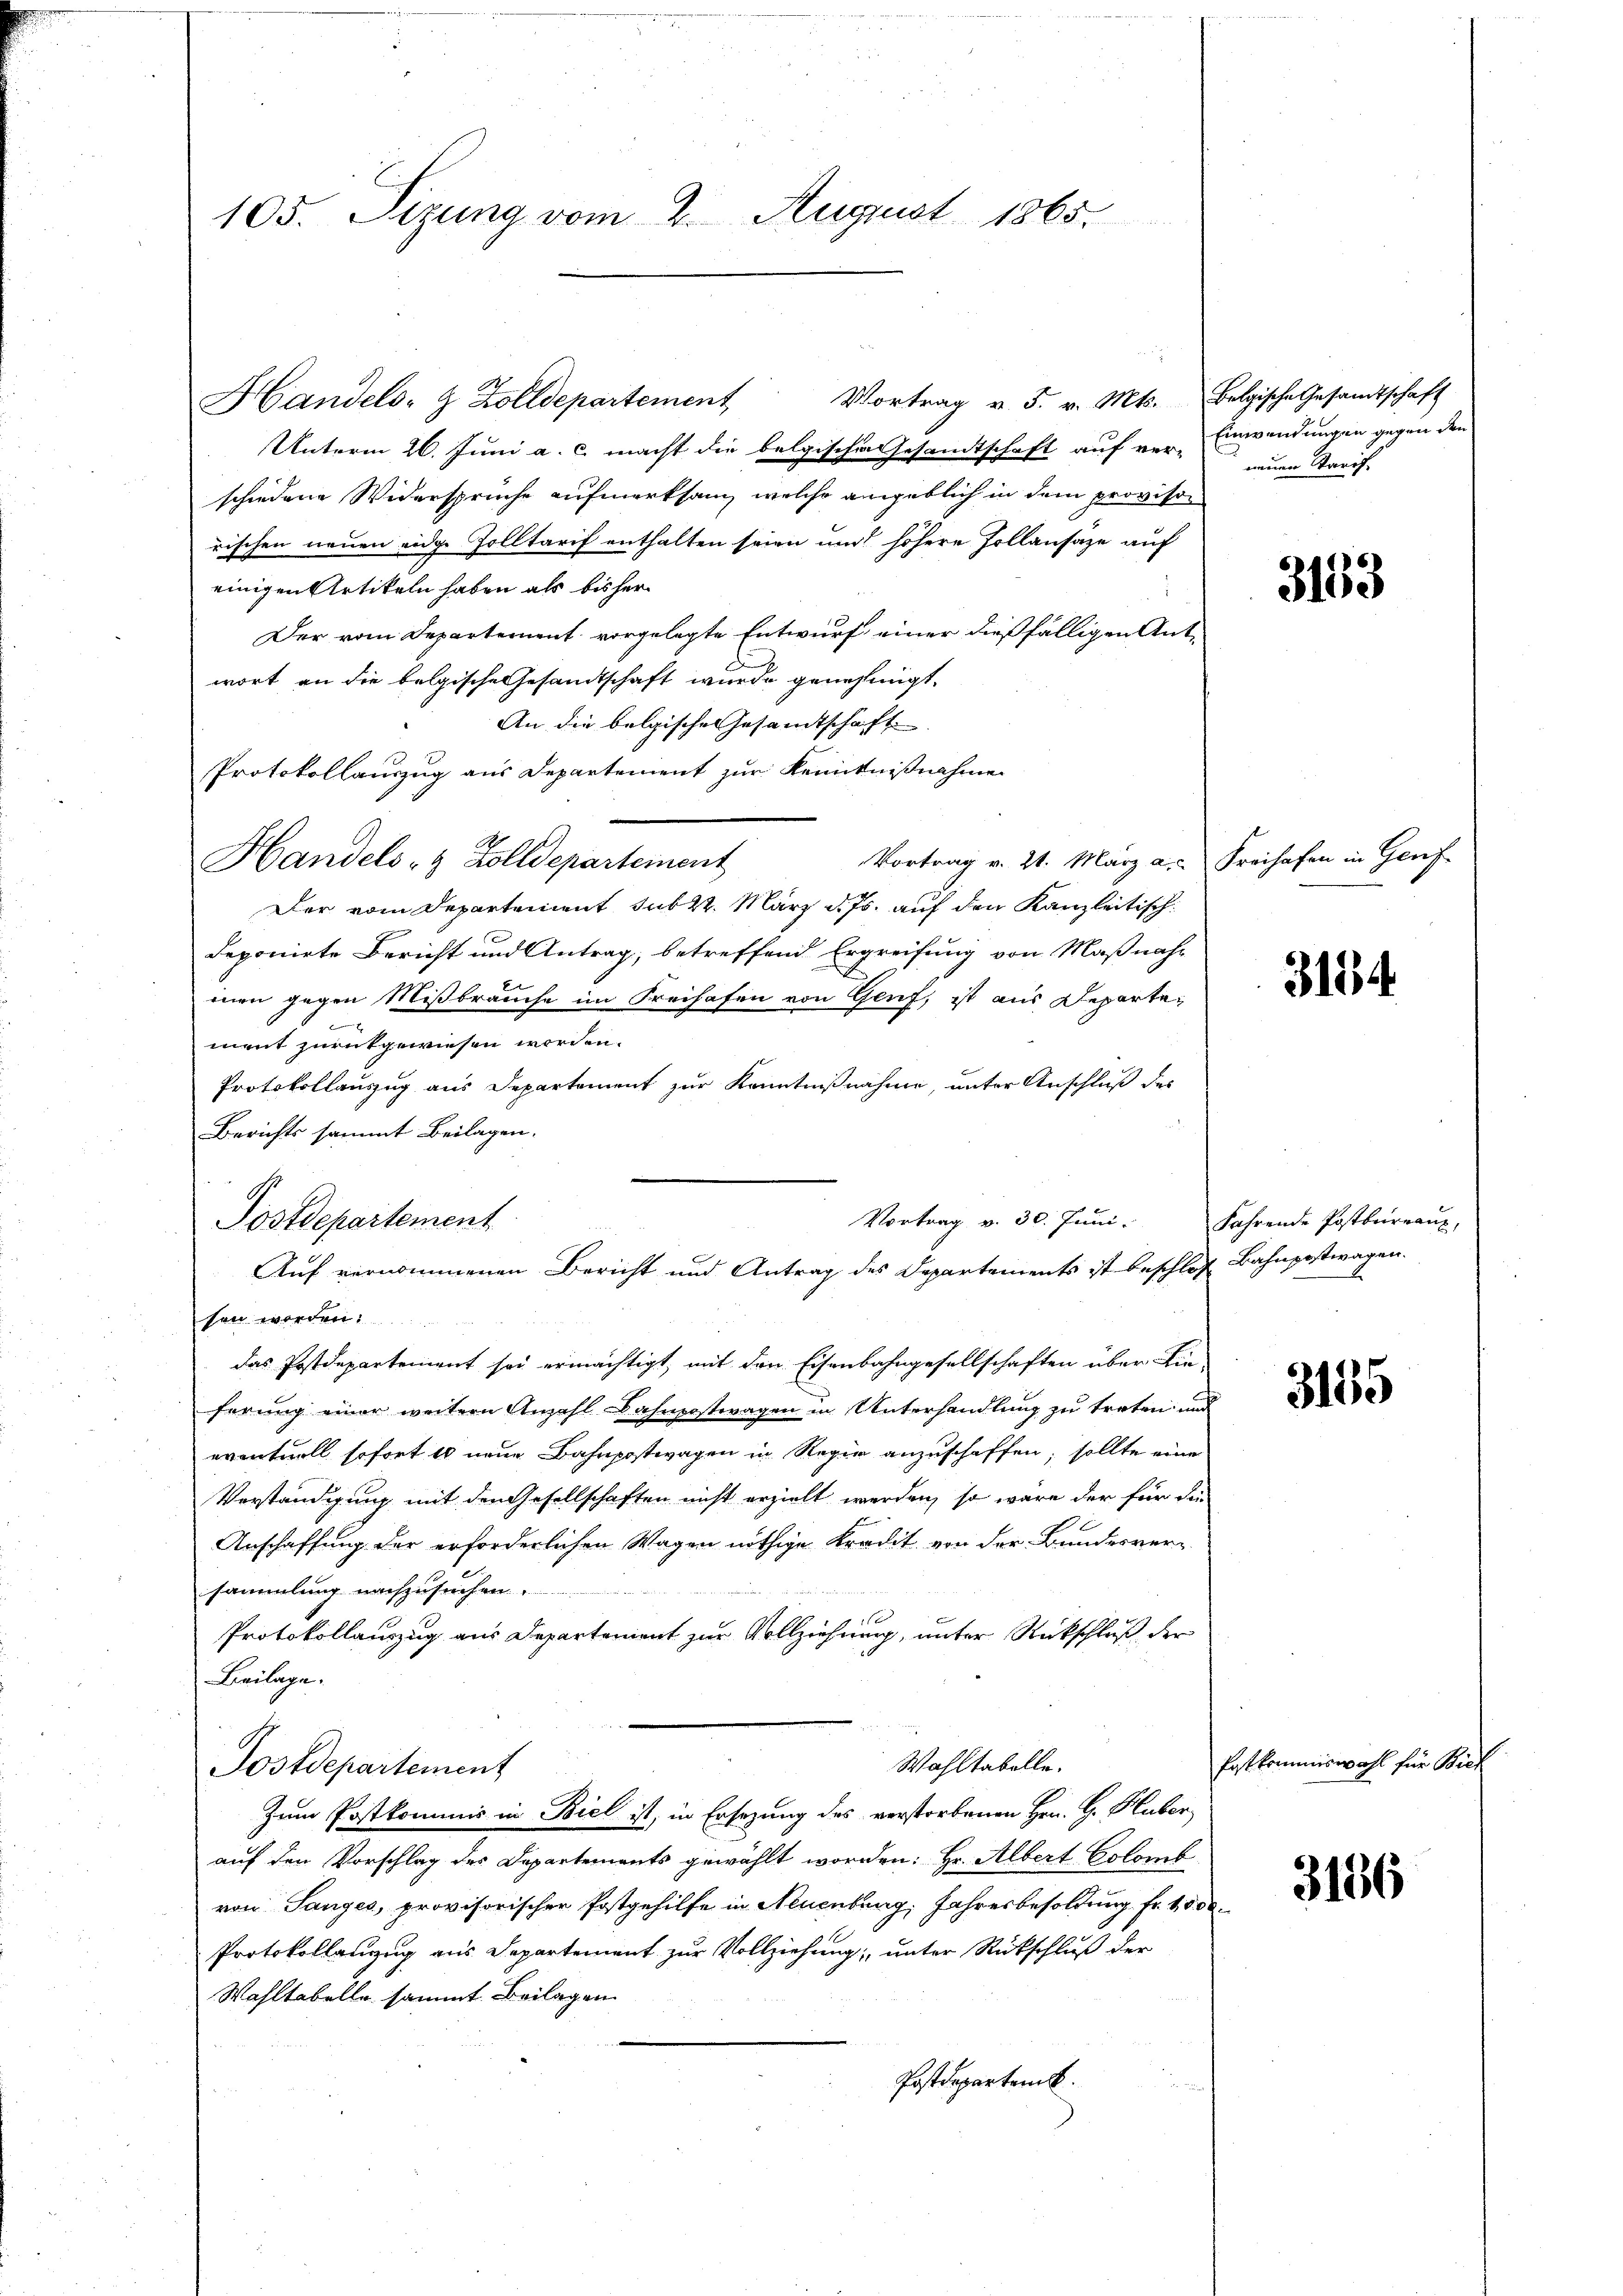
105. Sizung vom 2. August 1865.

Vortrag v. 5. v. Mts. belgische Gesandtschaft
Handels- & Zolldepartement
Unterm 26. Juni a. c. macht die belgischen Gesandtschaft auf ver-Einwendungen gegen den
schiedene Widersprüche aufmerksam, welche angeblich in dem provisorischen neuen eidge Zolltarif enthalten seien und höhere Pollansäze auf
einigen Artikeln haben als bisher
Der vom Departement vorgelegte Entwurf einer dießfälligen Antwort an die belgische Gesandtschaft wurde genehmigt.
An die belgisches Gesamtschaft
Protokollauszug aus Departement zur Kenntnißnahme
.
Vortrag v. 21. März a.c. Freihafen in Genf
Handels- & Zolldepartement
Der vom Departement sub 22. März d. Js. auf den Kanzleitisch
deponirte Bericht und Antrag, betreffend Ergreifung von Maßnah-
men gegen Mißbräuche im Freihafen von Genf, ist aus Departement zurückgewiesen worden.
Protokollauszug aus Departement zur Kenntnißnahme, unter Anschluß des
Berichts sammt Beilagen.
Vortrag v. 30. Juni.
Postdepartement
sen worden.
das Postdepartement sei ermächtigt, mit den Eisenbahngesellschaften über Kin-
ferung einer weitern Anzahl Bahnpostwagen in Unterhandlung zu treten und
eventuell sofort 10 neue Bahnpostwagen in Regie anzuschaffen; sollte eine
Verständigung mit den Gesellschaften nicht erzielt werden, so wäre der für die
Anschaffung der erforderlichen Wagen nöthige Kredit von der Bundesversammlung nachzusuchen.
Protokollauszug aus Departement zur Vollziehung, unter Rückschluß der
Beilage.
Wahltabelle.
Postdepartement
Zum Postkommnis in Biel ist, in Ersezung des verstorbenen Hrn. G. Huber
auf den Vorschlag des Departements gewählt worden: Hr. Albert Colomb
von Sanges, provisorischer Postgehilfe in Neuenburg, Jahresbesoldung fr. 1000.
Protokollanzug aus Departement zur Vollziehung, unter Rückschluß der
Wahltabelle sammt Beilagen
Postdepartemb.

Auf vernommenen Bericht und Antrag des Departements ist beschloß Bahnpostwagen.

neuen Starif

3163

3154

Fahrende Postbureaux,

3155

Festkommiswahl für Bich

3156